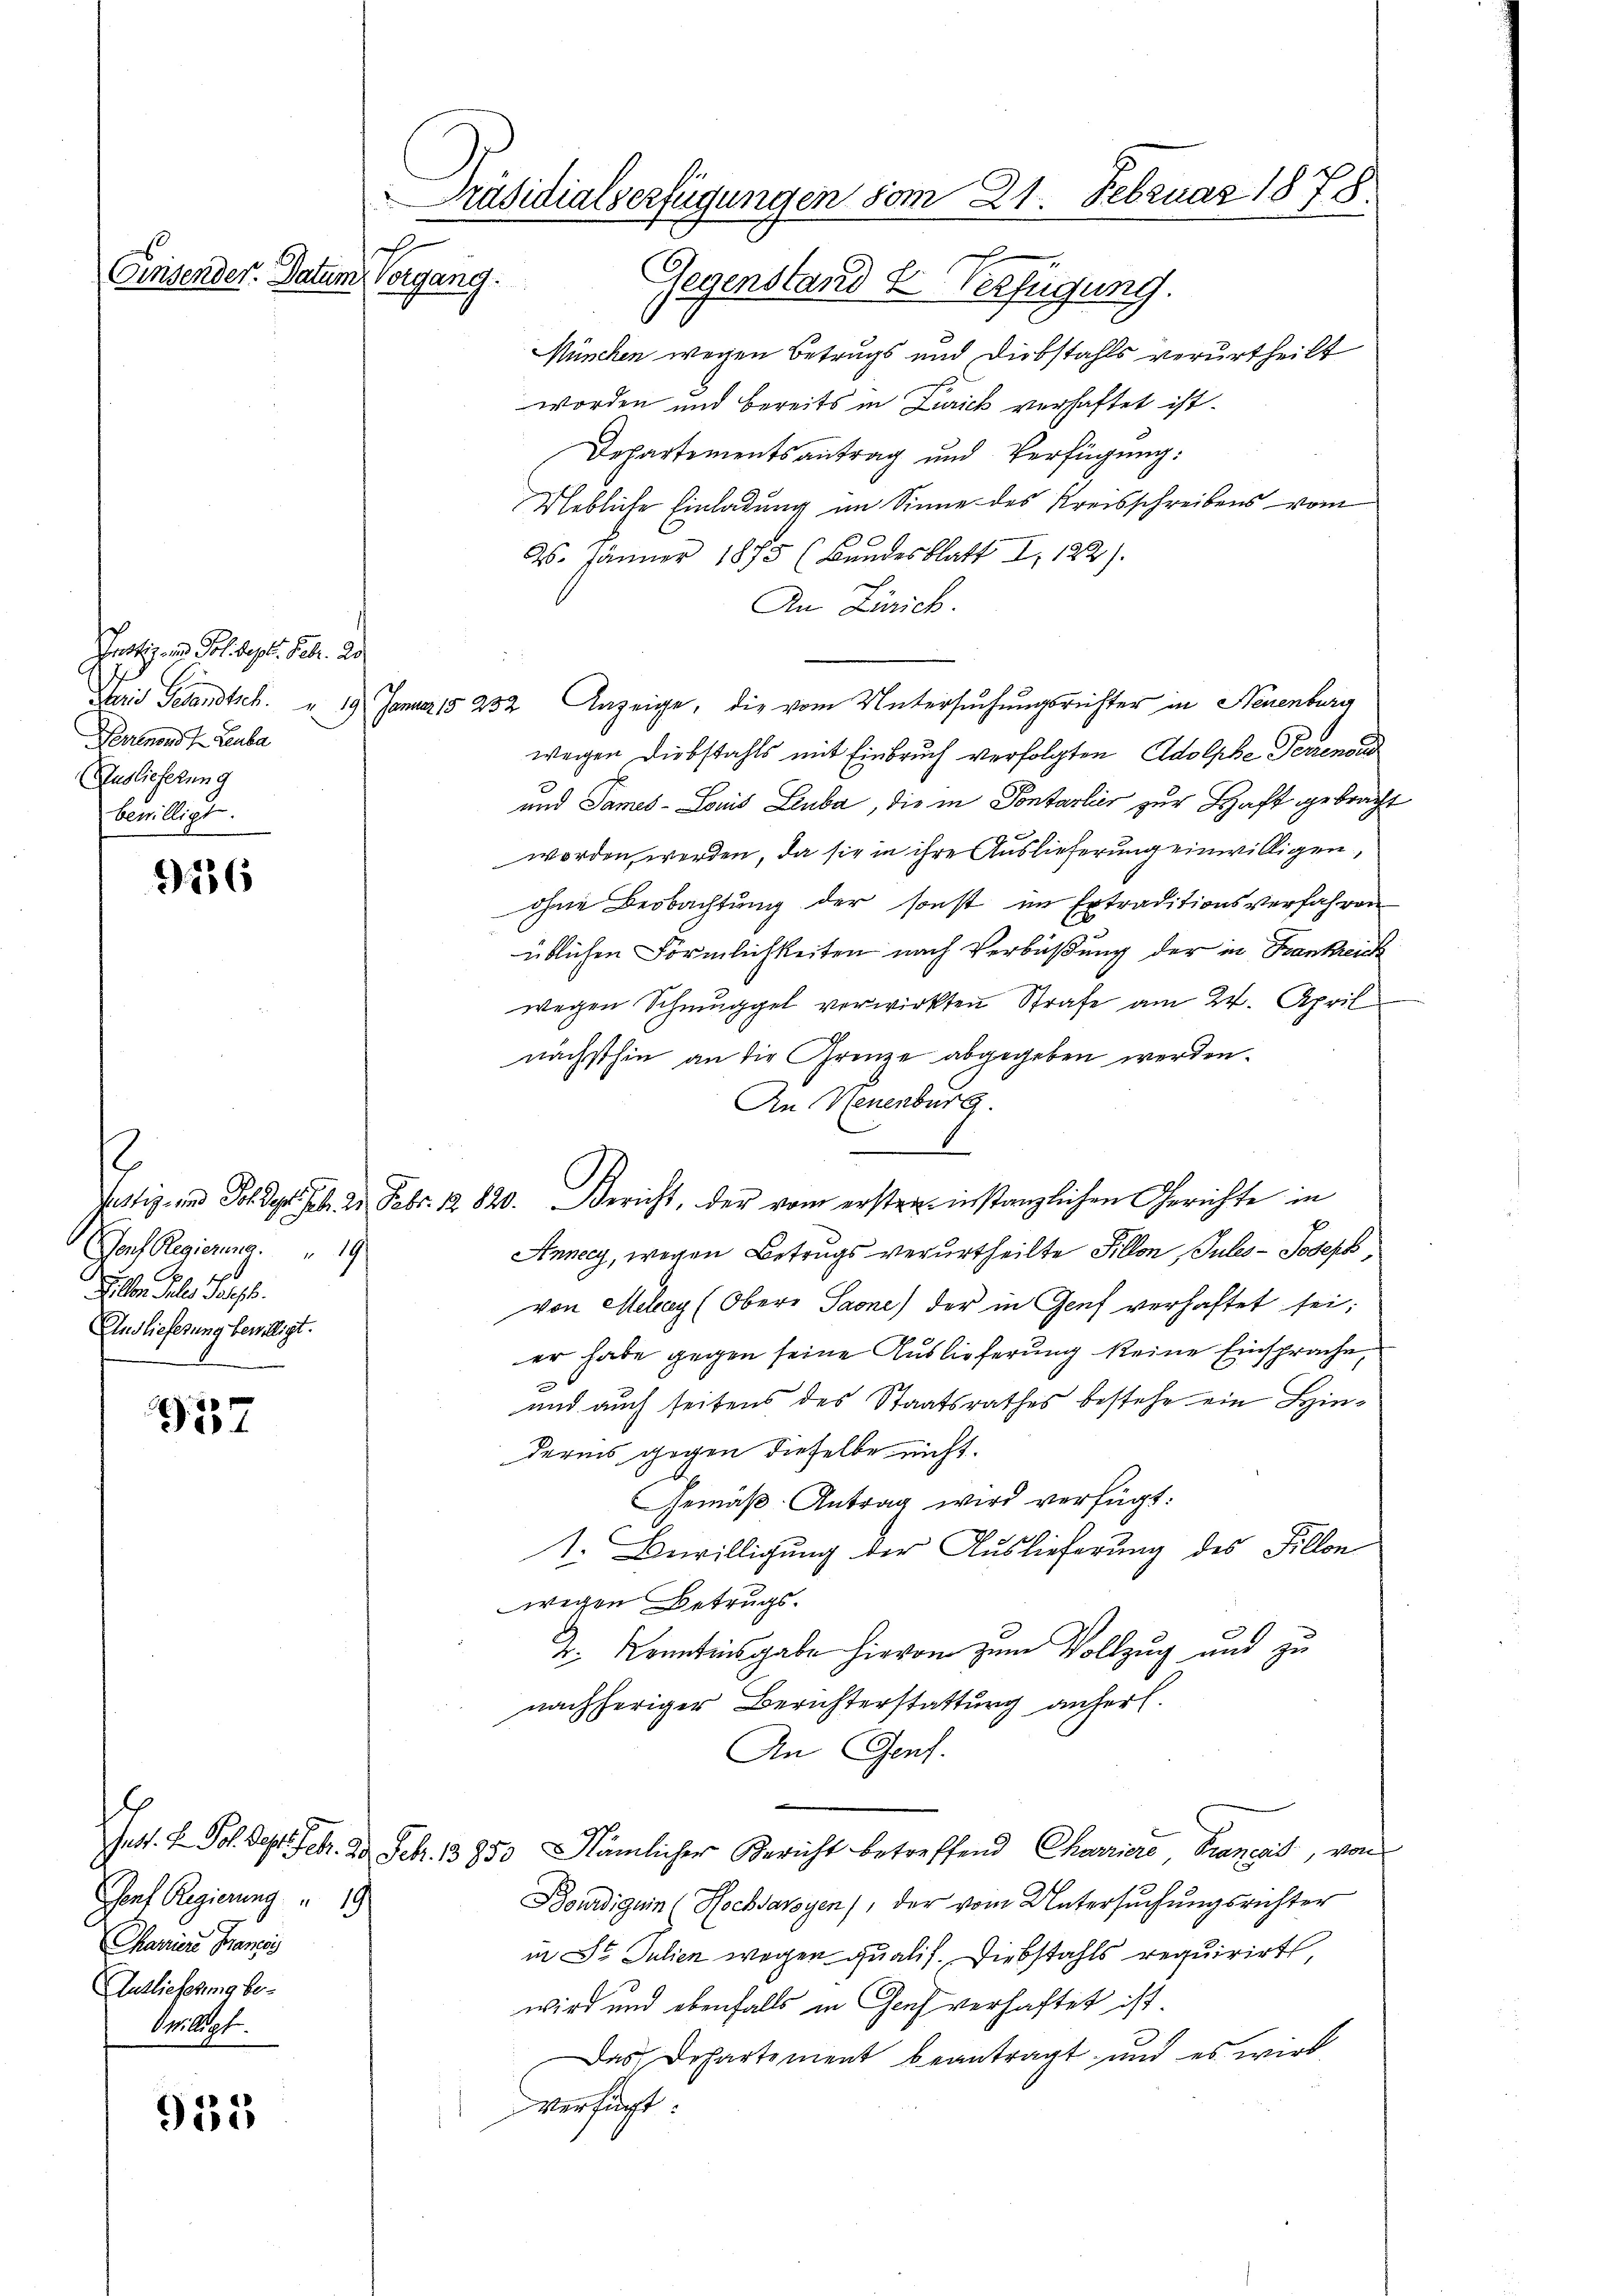
Prostiz- und Pol begel. Febr. An
Verrenons Leuba
Auslieferung
bewilligt.

1256

Genf Regierung.     "  19
1
lon Jules Parth.
Und lieferung bewilligt.

257

Gorf Regierung  "  19
Chaviere Francis
Auslieferung be¬
Nr. 9 f.

935

e
Cinsender. Datum Vorgang.

Präsidialverfügungen vom 21. Februar 1878.

Gegenstand & Verfügung.
München wegen Betrugs und Diebstahls verurtheilt
worden und bereits in Zürich verhaftet ist.
Departementsantrag und Verfügung:
Uebliche Einladung im Sinne des Kreisschreibens vom
26. Jänner 1875 (Bundesblatt I. 122).
An Zürich.
Taid Gesandtsch. u 19. Januar 15 252 Anzeige, die vom Untersuchungsrichter in Neuenburg
wegen Diebstahls mit Einbruch verfolgten Adolphe Perrenoud
und Sames - Louis Leuba, die in Pontarlier zur Haft gebracht
worden werden, da sie in ihre Auslieferung einwilligen,
ohne Beobachtung der sonst im Extraditionsverfahren
üblichen Förmlichkeiten nach Verbüßung der in Frankreich
wegen Schmuggel verwirkten Strafe am 24. April
nächsthin an die Grenze abgegeben werden.
An Neuenburg.
6
fattig und Sohde. Feb. 2. Febr. R. 820. Bericht, der vom ersten instanzlichen Gerichte in
p
Annecy, wegen Betrugs verurtheilte Sillon, Pules- Joseph,
von Melay (Obere Saone) der in Genf verhaftet sei;
er habe gegen seine Auslieferung keine Einsprache,
und auch seitens des Staatsrathes bestehe ein Hindernis gegen dieselbe nicht.
Gemäß Antrag wird verfügt:
1. Bewilligung der Auslieferung des Fillon
wegen Betrugs¬
J. Kenntnisgabe hievon zum Vollzug und zu
nachheriger Berichterstattung anherl.
An Genf.
Jnst. H. Joh. Sept. Feb. 20. Febr. 1850 Nämlicher Bericht betreffend Charisie, Braneit, von
Bourdiguin (Hochsavoyen), der vom Untersuchungsrichter
in St. Julien wegen qualis. Diebstahls requirirt,
wird und ebenfalls in Genf verhaftet ist.
Das Departement beantragt und es wird
verfügt: